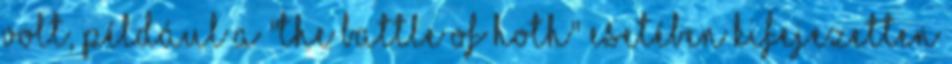
volt, például a "The Battle of Hoth" esetében kifejezetten